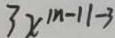
3 x ^ { \vert n - 1 \vert - 3 }